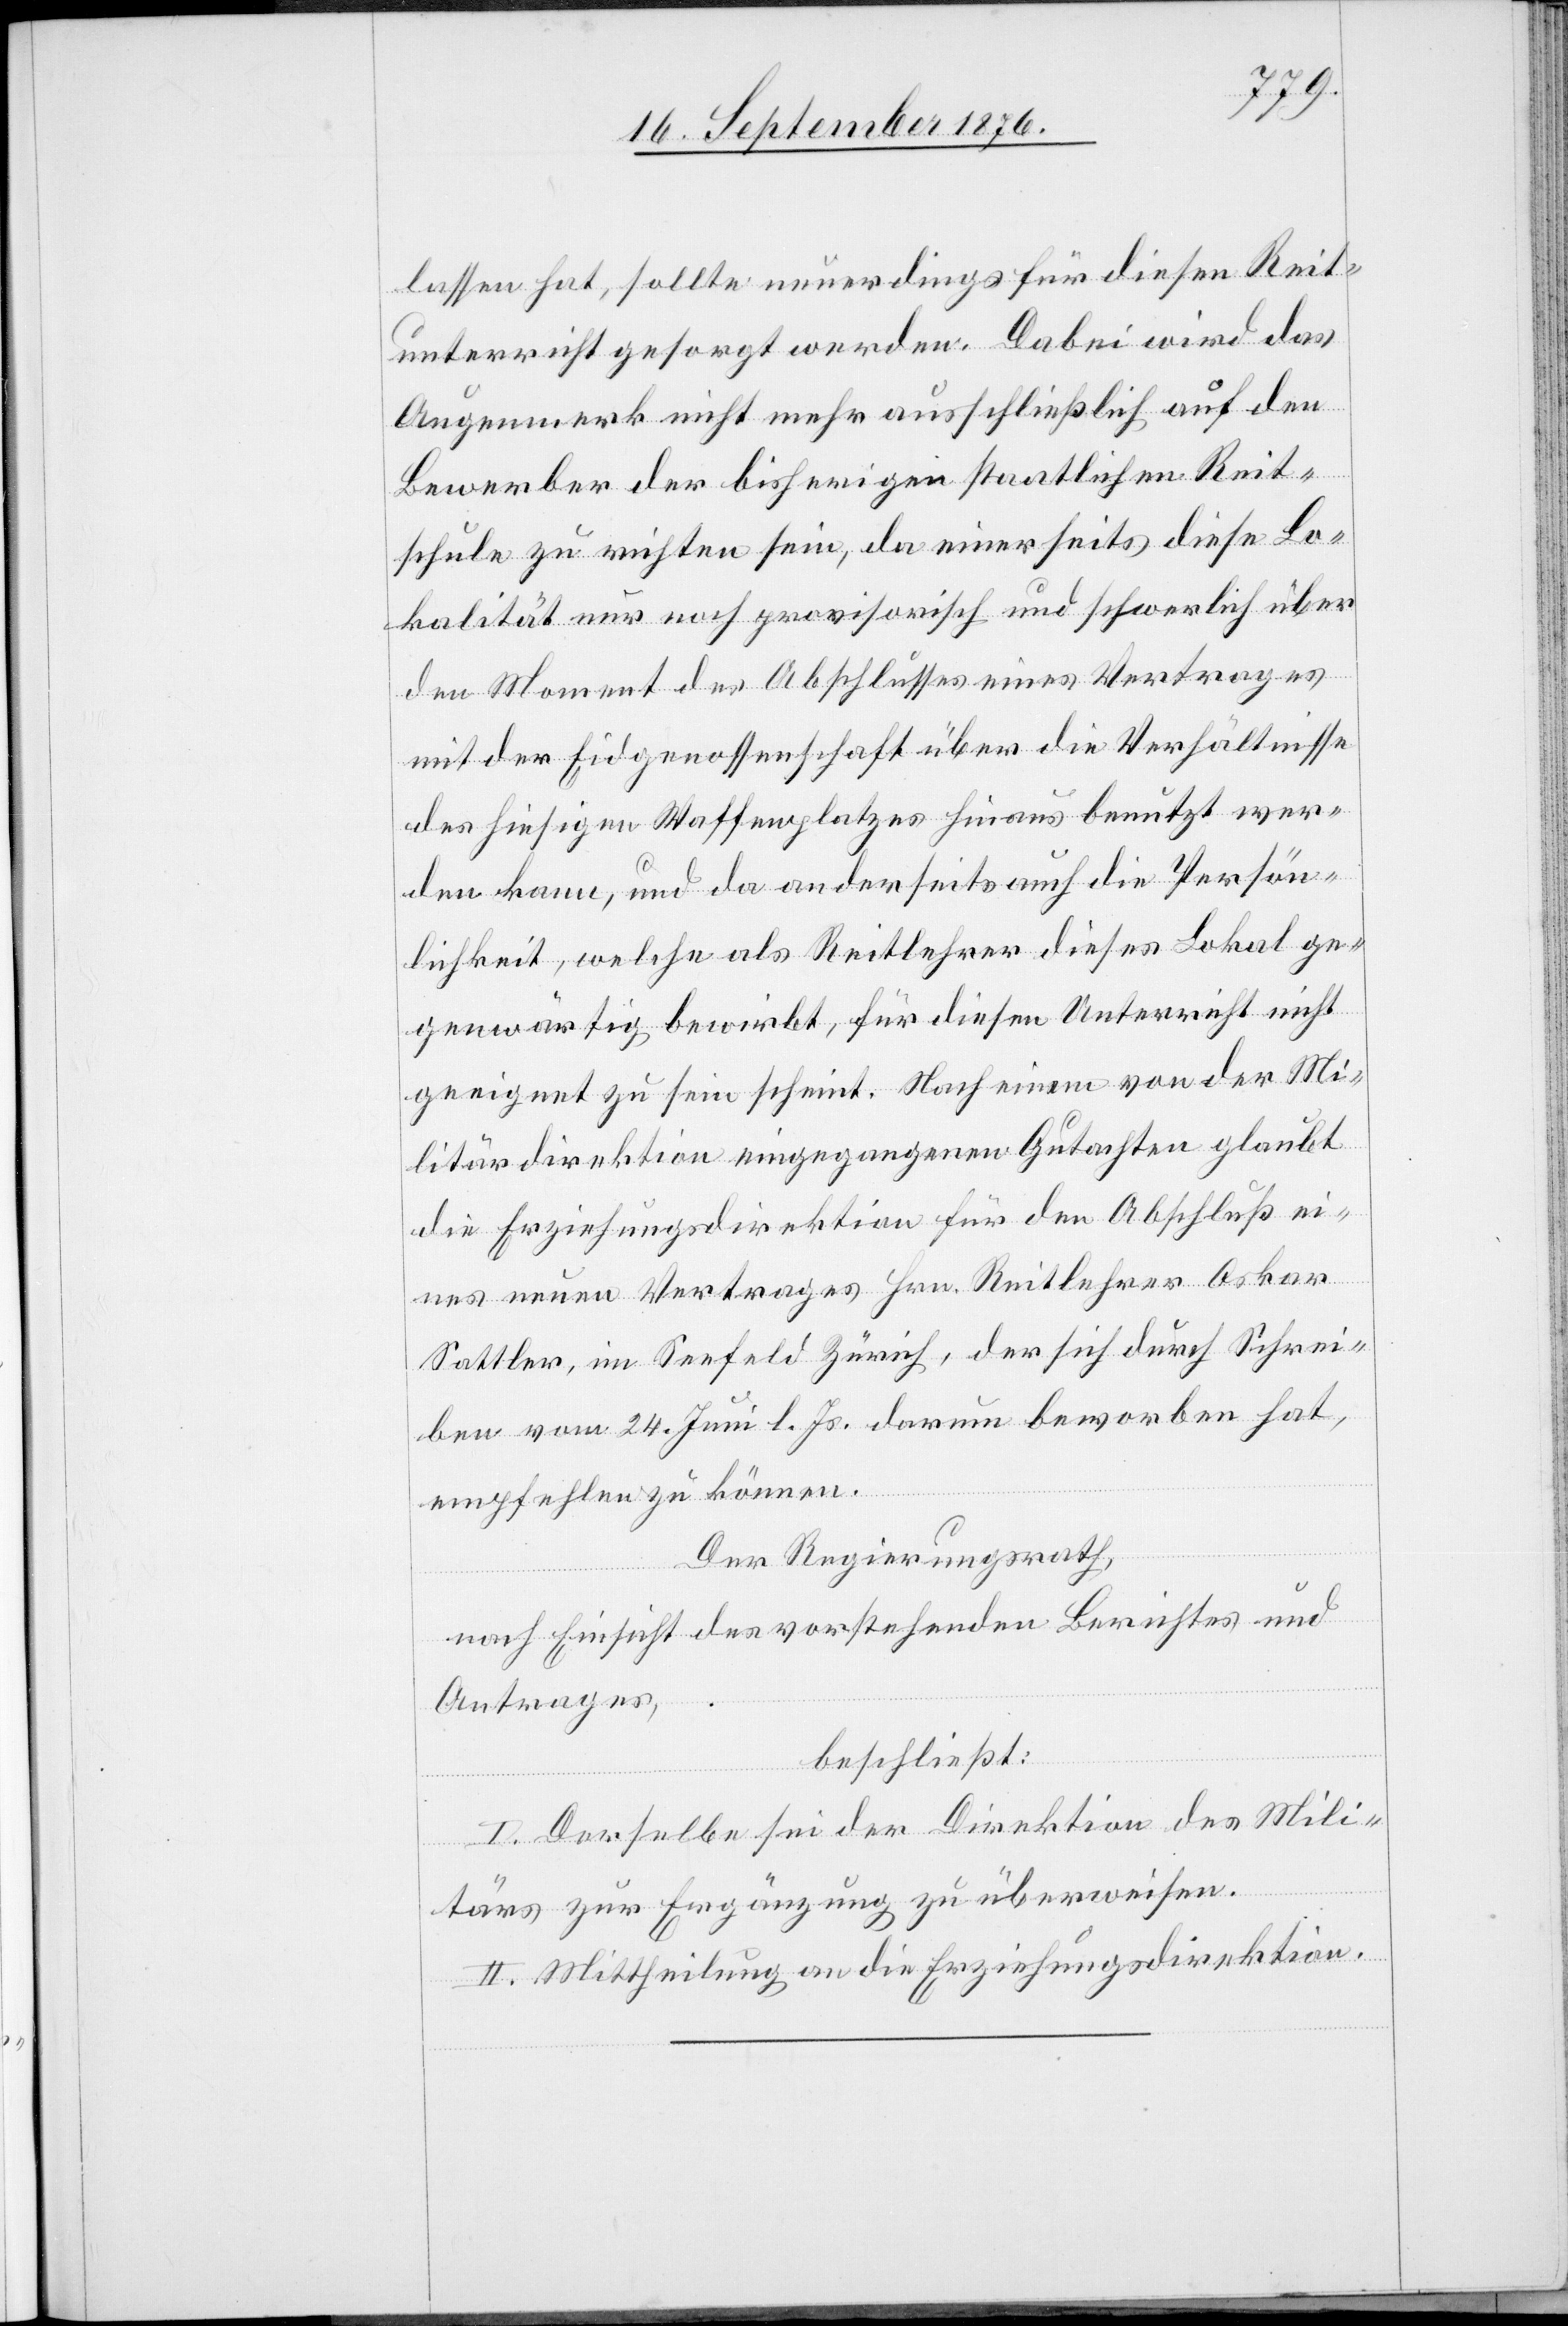
lassen hat, sollte neuerdings für diesen Reit¬
unterricht gesorgt werden. Dabei wird das
Augenmerk nicht mehr ausschließlich auf den
Bewerber der bisherigen staatlichen Reit¬
schule zu richten sein, da einerseits diese Lo¬
kalität nur noch provisorisch und schwerlich über
den Moment des Abschlusses eines Vertrages
mit der Eidgenossenschaft über die Verhältnisse
des hiesigen Waffenplatzes hinaus benutzt wer¬
den kann, und da anderseits auch die Persön¬
lichkeit, welche als Reitlehrer dieses Lokal ge¬
genwärtig bewirbt, für diesen Unterricht nicht
geeignet zu sein scheint. Nach einem von der Mi¬
litärdirektion eingegangenen Gutachten glaubt
die Erziehungsdirektion für den Anschluß ei¬
nes neuen Vertrages Hrn. Reitlehrer Oskar
Sattler, im Seefeld Zürich, der sich durch Schrei¬
ben vom 24. Juni l. Js. darum beworben hat,
empfehlen zu können.
Der Regierungsrath,
nach Einsicht des vorstehenden Berichtes und
Antrages,
beschließt:
I. Derselbe sei der Direktion des Mili¬
tärs zur Ergänzung zu überweisen.
II. Mittheilung an die Erziehungsdirektion.